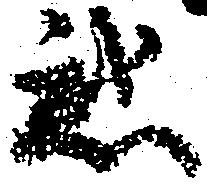
惑